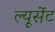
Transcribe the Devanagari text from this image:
ल्यूसेंट